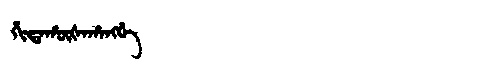
Manchu: ᡥᡳᡨᠠᡥᡡᡧᠠᡥᠠᠩᡤᡝ
Romanization: HITAHŪŠAHANGGE